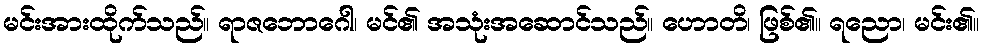
မင်းအားထိုက်သည်။ ရာဇဘောဂေါ၊ မင်၏ အသုံးအဆောင်သည်။ ဟောတိ၊ ဖြစ်၏။ ရညော၊ မင်း၏။